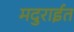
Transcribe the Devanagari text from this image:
मदुराईत